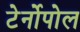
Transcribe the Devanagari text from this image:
टेर्नोपोल